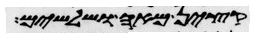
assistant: ופקדיו חמשה ושלשים